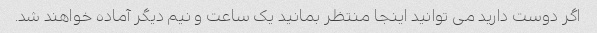
اگر دوست دارید می توانید اینجا منتظر بمانید یک ساعت و نیم دیگر آماده خواهند شد.